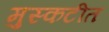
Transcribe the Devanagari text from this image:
मुस्कटीत